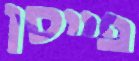
פייסן